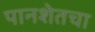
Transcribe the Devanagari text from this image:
पानशेतचा